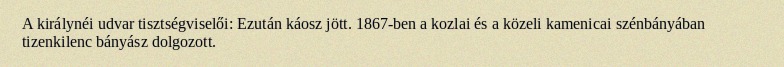
A királynéi udvar tisztségviselői: Ezután káosz jött. 1867-ben a kozlai és a közeli kamenicai szénbányában tizenkilenc bányász dolgozott.